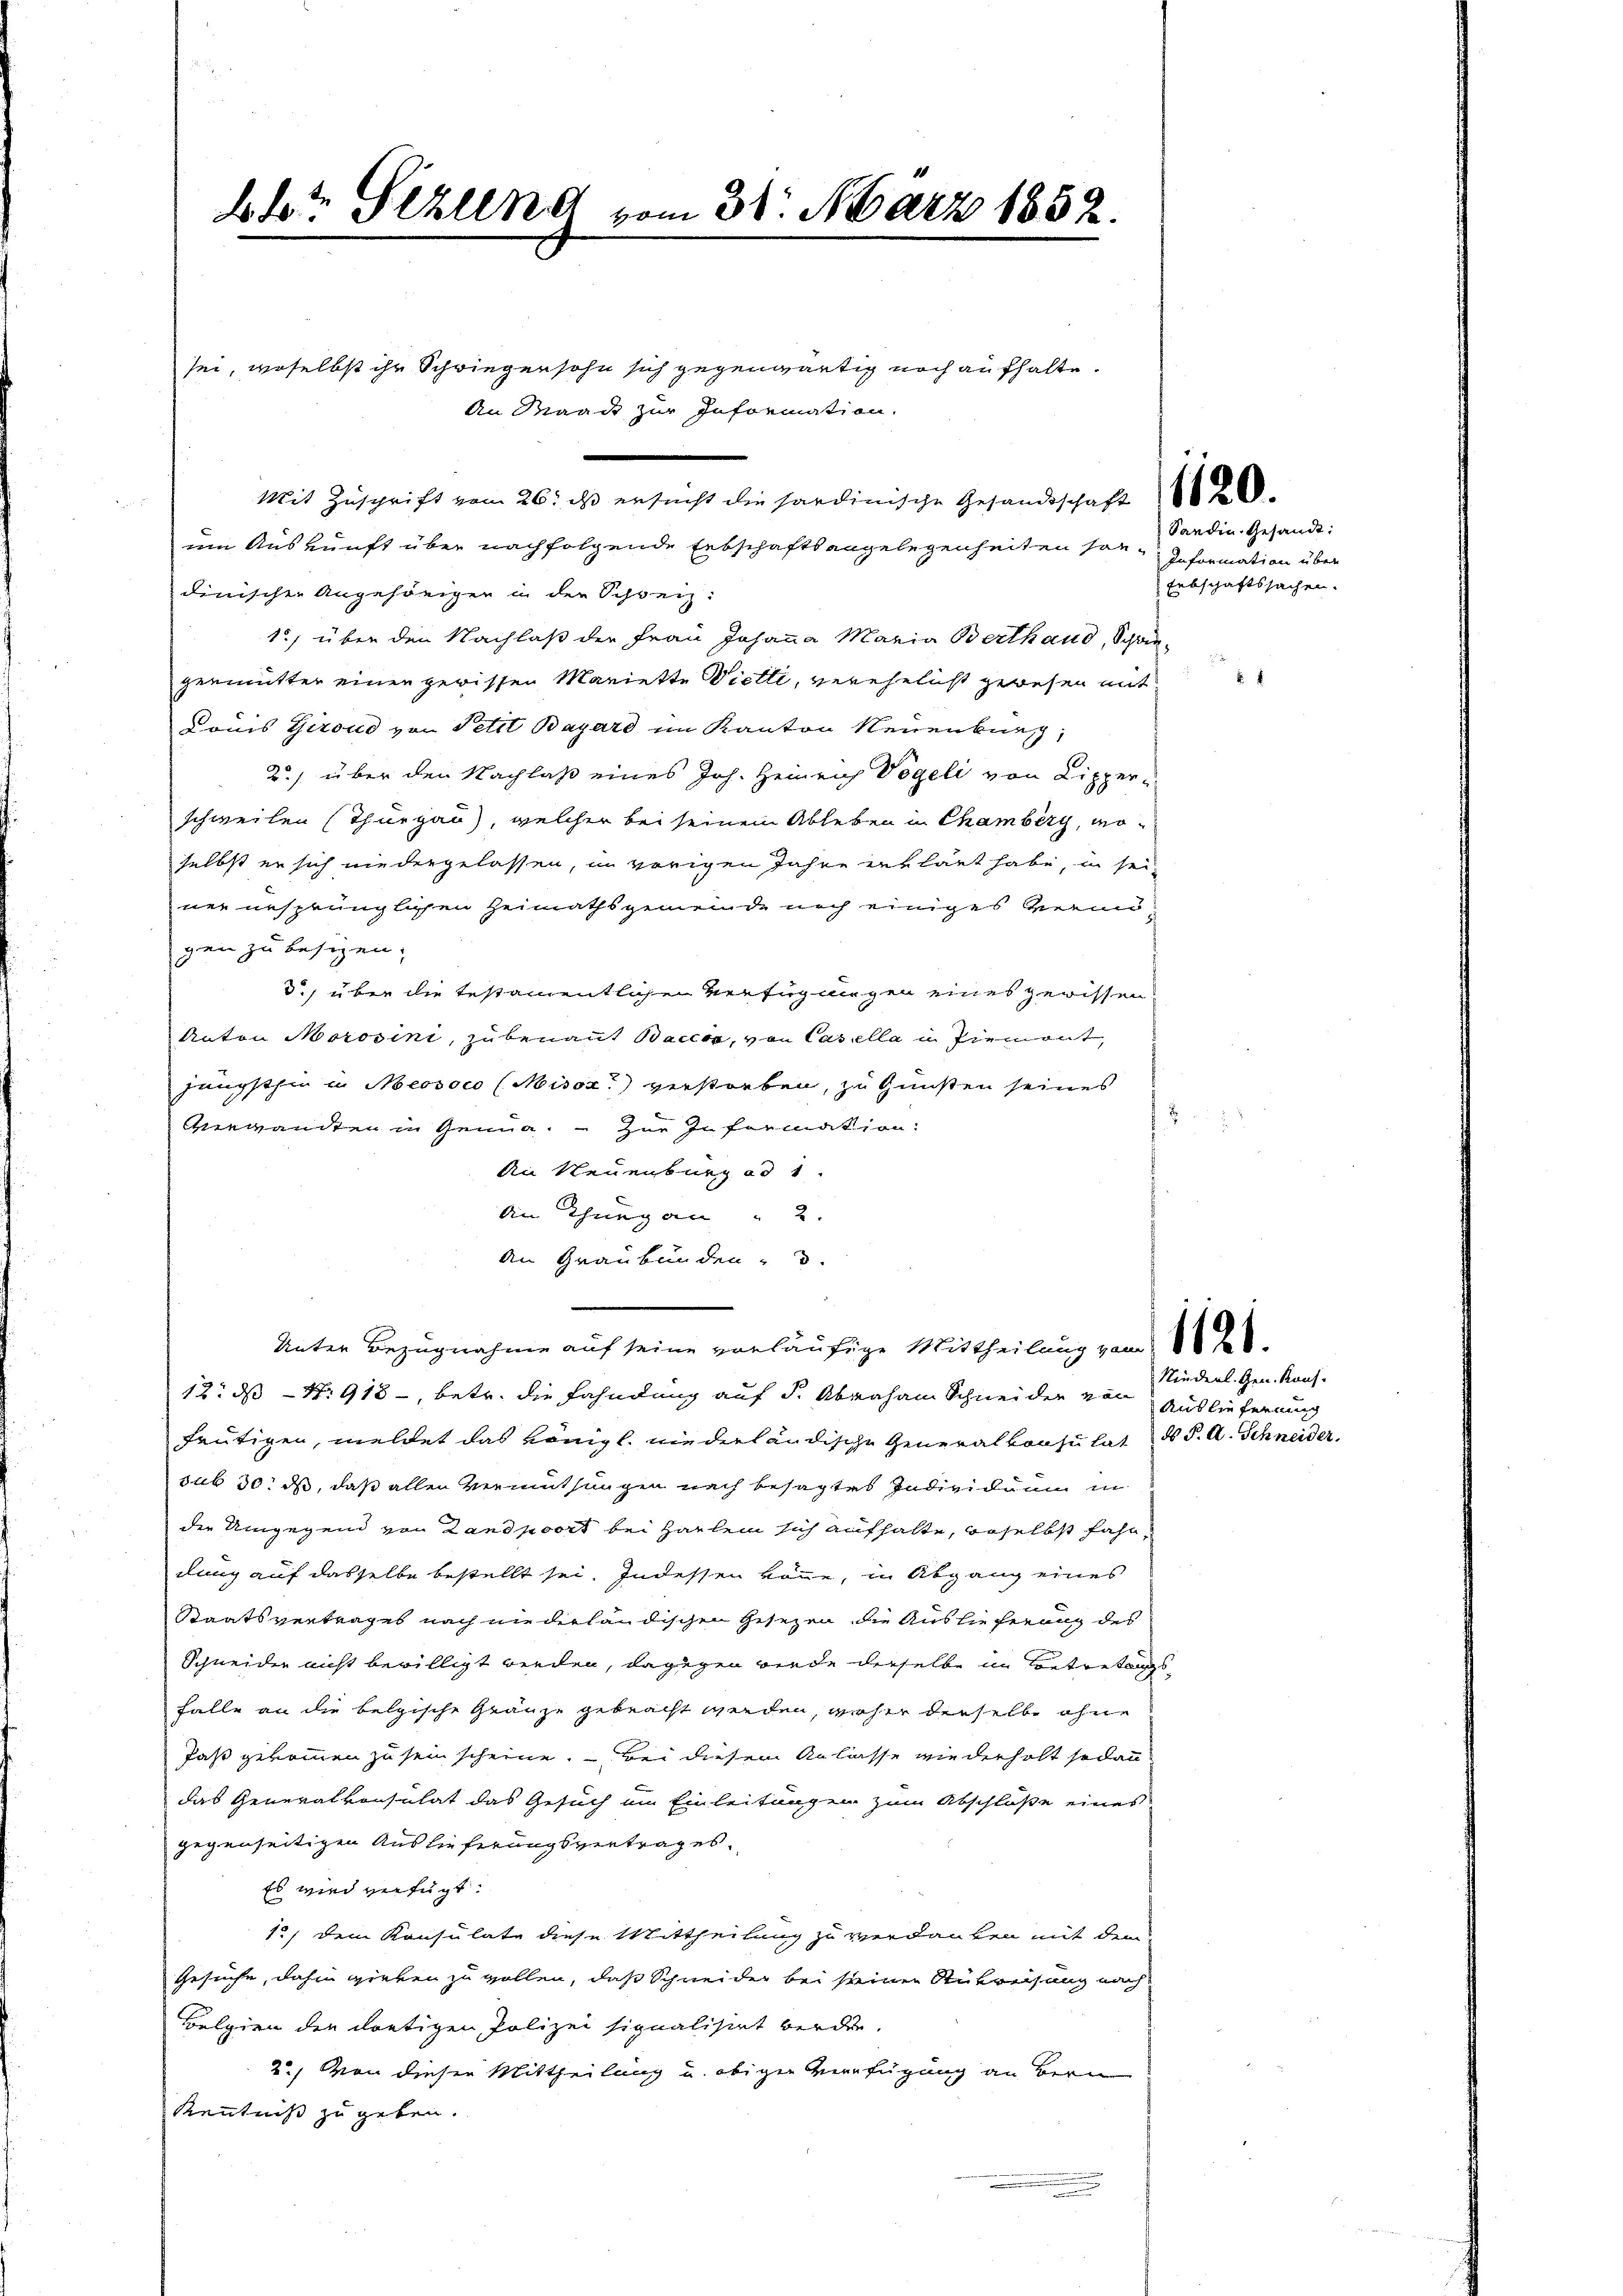
dr Serend vom 31. März 1852.

sei, woselbst ihr Schwiegersohn sich gegenwärtig noch aufhalte.
An Waadt zur Information.

in Auskunft über nachfolgende Erbschaftsangelegenheiten son-
dinischen Angehörigen in der Schweiz:
1) über den Nachlaß der Frau Johanna Maria Berthaud, Schwegermutter einen gewissen Mariette Vielle, verehelicht gewesen mit
Donis Giroud von Petit Bayard im Kanton Neuenburg,
2) über den Nachlaß eines Joh. Heinrich Vögeli von Lipper-
schweilen (Thurgau), welcher bei seinem Ableben in Chamberg, woselbst er sich niedergelassen, im vorigen Jahre verlaut habe, in sei
ner unsprünglichen Heimathsgemeinde noch einiges Verangen zu besizen.
d., über die testamentlichen Verfügungen eines gewissen
Anton Morosini, zu benant Bacca, von Casella in Ziemont,
jüngsthin in Meosoco (Misox) verstorben, zu Gunsten seines
Vigandten in Genua. Zur Information:
An Neuenburg ad 1.
An Thurgau " 2
An Graubünden 3.
Unter Bezugnahme auf seine vorläufige Mittheilung vom 10.
12. ds Nr 918, betr. die Fahndung auf S. Abraham Schneider von Auslieferung
heutigen, meldet das Königl. niederländische Generalkonsulat ds P. A. Schneider.
sub 30. ds, daß allen Vermuthungen nach besagtes Individuum in
der Umgegend von Landpoort bei Harlei sich aufhalte, woselbst fahr,
dung auf dasselbe bestellt sei. Indessen könne, in Abgang eines
Staatsvertrages nach niederländischen Gesezen die Auslieferung des
Schneider nicht bewilligt werden, dagegen werde derselbe in Betretungs-
Falle an die belgische Gränze gebracht werden, woher derselbe ohne
Jaß gekommen zu sein scheine. Bei diesem Anlasse wiederholt sodann
das Generalkonsulat das Gesuch im Einleitungen zum Abschlüße eines
gegenseitigen Auslieferungsvertrag es,
Es wird verfügt:
12, dem Konsulate diese Mittheilung zu verdanken mit dem
Gesuche, dahin wirken zu wollen, daß Schneider bei seiner Stükreisung nach
Belgien der dortigen Polizei signalisirt werden.
2.) Von dieser Mittheilung u. obigen Verfügung an Bern
Kenntniß zu geben.

Mit Zuschrift vom 26. ds ersucht die hardinische Gesandtschaft

Sanden Gesandt:
Information über
Erbschaftssachen.

¬

Niederl. Gen. Kons.